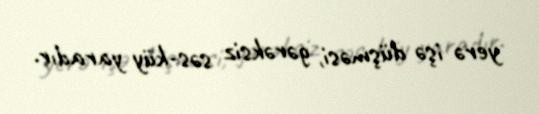
yerə işə düşməsi, gərəksiz səs-küy yaradır.